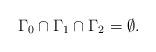
LaTeX: \begin{align*}\Gamma_0 \cap \Gamma_1 \cap \Gamma_2 = \emptyset. \end{align*}